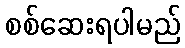
စစ်ဆေးရပါမည်